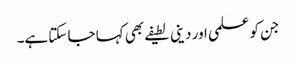
جن کو علمی اور دینی لطیفے بھی کہا جا سکتا ہے۔